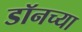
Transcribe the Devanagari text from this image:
डॉनच्या